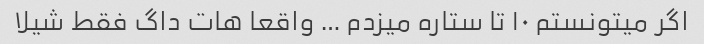
اگر میتونستم ١٠ تا ستاره میزدم … واقعا هات داگ فقط شیلا